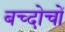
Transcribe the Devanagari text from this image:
बच्दोचों